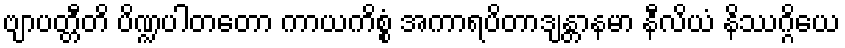
ဗျာပတ္တီတိ ပိဏ္ဍပါတတော ကာယကိစ္စံ အကာရပိတာဒျန္တာနမာ နီလိယံ နိဿဂ္ဂိယေ